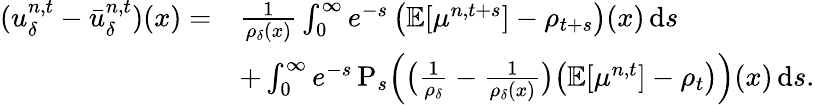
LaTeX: \begin{array}{rl}{(u_{\delta}^{n,t}-\bar{u}_{\delta}^{n,t})(x)=}&{\frac 1{\rho_{\delta}(x)}\int_{0}^{\infty}e^{-s}\, \big(\mathbb{E}[\mu^{n,t+s}]-\rho_{t+s}\big)(x)\, \mathrm{d}s}\\ &{+\int_{0}^{\infty}e^{-s}\, \mathrm{P}_{s}\Big(\big(\frac 1{\rho_{\delta}}-\frac 1{\rho_{\delta}(x)}\big)\big(\mathbb{E}[\mu^{n,t}]-\rho_{t}\big)\Big)(x)\, \mathrm{d}s.}\end{array}